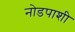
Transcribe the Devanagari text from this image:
नोडपाशी